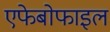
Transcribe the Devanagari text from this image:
एफेबोफाइल